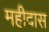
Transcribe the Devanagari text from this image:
महीदास